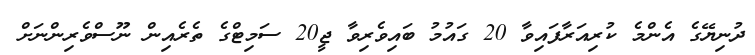
ދުނިޔޭގެ އެންމެ ކުރިއަރާފައިވާ 20 ގައުމު ބައިވެރިވާ ޖީ20 ސަމިޓްގެ ތެރެއިން ނޫސްވެރިންނަށް